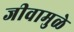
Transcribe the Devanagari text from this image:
जीवामुळे